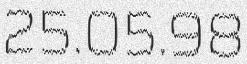
25.05.98